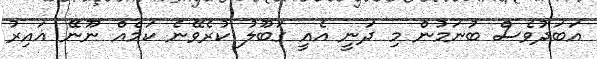
އަބަދުވެސް ބުނަމުން މި ދަނީ އެއީ ގަބޫލު ކުރެވޭނެ ކަމެއް ނޫނޭ ޣައިރު